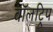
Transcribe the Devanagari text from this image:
वॉलट्रिप